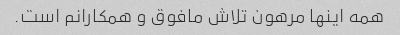
همه اینها مرهون تلاش مافوق و همکارانم است.